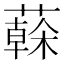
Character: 𦾮